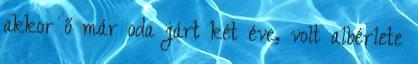
akkor ő már oda járt két éve, volt albérlete